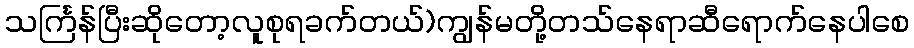
သင်္ကြန်ပြီးဆိုတော့လူစုရခက်တယ်)ကျွန်မတို့တသ်နေရာဆီရောက်နေပါစေ